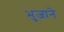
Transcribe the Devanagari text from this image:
भुजाने